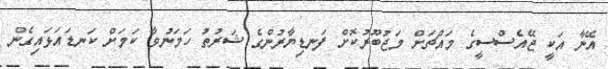
އޭނާ އަކީ ޖޭއެސްސީގެ މައްޗަށް މަޖުބޫރުކޮށް ފަނޑިޔާރުންގެ ޝަރުތު ހަމަނުވާ ކަމަށް ކަނޑައަޅައިގެން